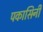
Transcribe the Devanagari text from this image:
पकासिनी